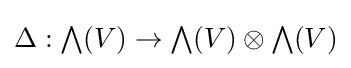
\Delta :{\textstyle \bigwedge }(V)\to {\textstyle \bigwedge }(V)\otimes {\textstyle \bigwedge }(V)